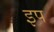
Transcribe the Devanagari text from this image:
इप